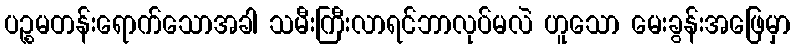
ပဉ္စမတန်းရောက်သောအခါ သမီးကြီးလာရင်ဘာလုပ်မလဲ ဟူသော မေးခွန်းအဖြေမှာ